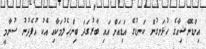
އިންޑޮނޭޝިއާގެ ހުޅަނގުން ކަނޑުގެ އަޑިއަށް އައި ބާރުގަދަ ބިންހެލުމަކާއި އެކު އުފެދުނު ސުނާމީ